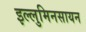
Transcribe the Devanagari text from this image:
इल्लुमिनसायन